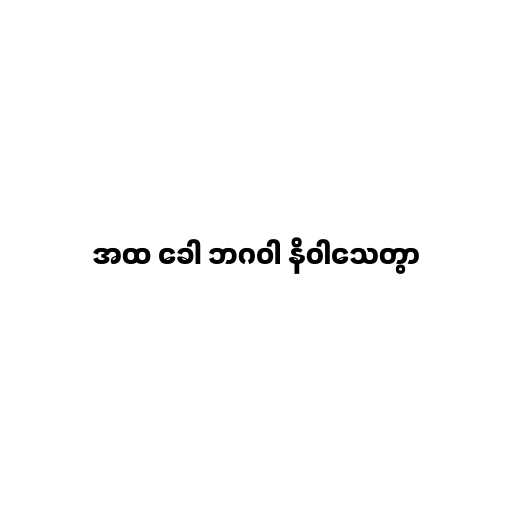
အထ ခေါ ဘဂဝါ နိဝါသေတွာ